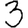
Digit: 3